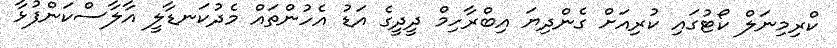
ކްރިމިނަލް ކޯޓުގައި ކުރިއަށް ގެންދިޔަ އިބްރާހިމް ދީދީގެ އަޑު އެހުންތައް މެދުކަނޑާލީ އާލާސްކަންފުޅާ